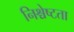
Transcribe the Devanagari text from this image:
निश्चेष्टता